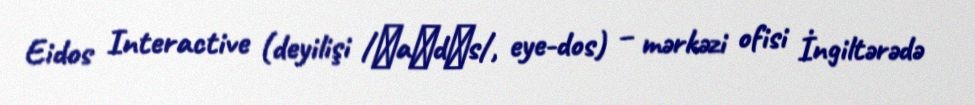
Eidos Interactive (deyilişi /ˈaɪdɒs/, eye-dos) – mərkəzi ofisi İngiltərədə